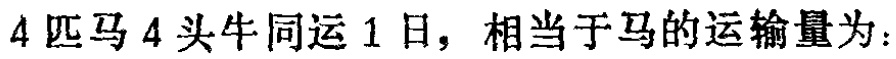
4匹马4头牛同运1日，相当于马的运输量为：